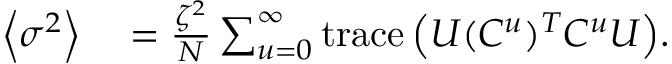
\begin{array} { r l } { \left\langle \sigma ^ { 2 } \right\rangle } & { { } = \frac { \zeta ^ { 2 } } { N } \sum _ { u = 0 } ^ { \infty } { \mathrm { t r a c e } \left( U ( C ^ { u } ) ^ { T } C ^ { u } U \right) } . } \end{array}